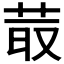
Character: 𦮆